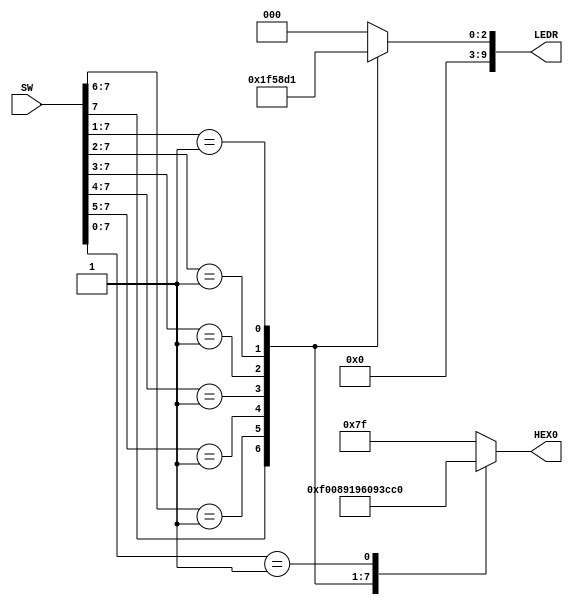

//=======================================================
//  This code is generated by Terasic System Builder
//=======================================================

module EXP2(

	//////////// SW //////////
	input 		     [9:0]		SW,

	//////////// LED //////////
	output		reg     [9:0]		LEDR,

	//////////// Seg7 //////////
	output		reg     [6:0]		HEX0
);



//=======================================================
//  REG/WIRE declarations
//=======================================================




//=======================================================
//  Structural coding
//=======================================================
always @ (SW)
	begin
		casex(SW)
		10'bxx1xxxxxxx: begin LEDR = 10'd7; HEX0 = 7'b1111000; end
		10'bxx01xxxxxx: begin LEDR = 10'd6; HEX0 = 7'b0000010; end 
		10'bxx001xxxxx: begin LEDR = 10'd5; HEX0 = 7'b0010010; end
		10'bxx0001xxxx: begin LEDR = 10'd4; HEX0 = 7'b0011001; end
		10'bxx00001xxx: begin LEDR = 10'd3; HEX0 = 7'b0110000; end
		10'bxx000001xx: begin LEDR = 10'd2; HEX0 = 7'b0100100; end 
		10'bxx0000001x: begin LEDR = 10'd1; HEX0 = 7'b1111001; end
		10'bxx00000001: begin LEDR = 10'd0; HEX0 = 7'b1000000; end
		default: begin LEDR = 10'd0; HEX0 = 7'b1111111; end
		endcase
	end	


endmodule